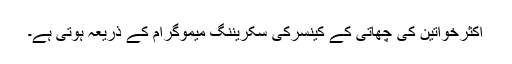
اکثرخواتین کی چھاتی کے کینسرکی سکریننگ میموگرام کے ذریعہ ہوتی ہے۔